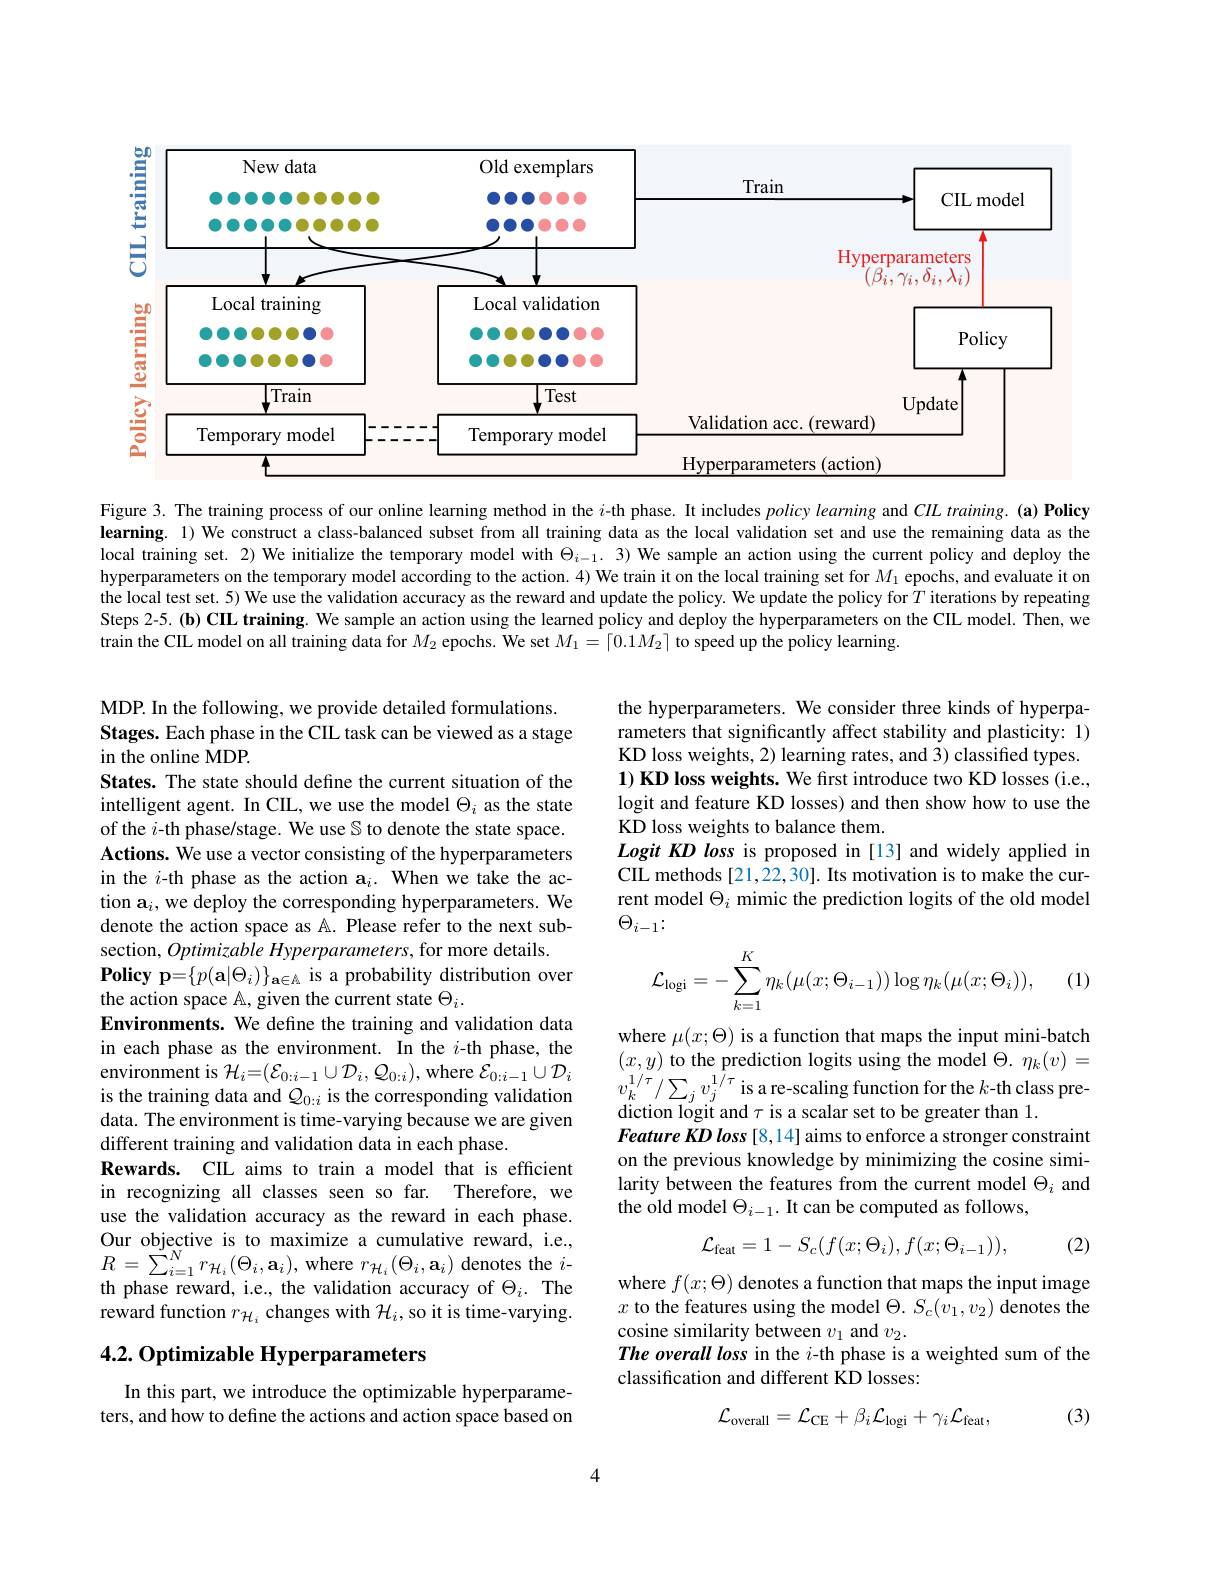
<FigureHere>

Figure 3. The training process of our online learning method in the $i$-th phase. It includes $policy\textit{learning and CIL training. ( a) Policy}$ learning. 1) We construct a class-balanced subset from all training data as the local validation set and use the remaining data as the local training set. 2) We initialize the temporary model with $\Theta_{i-1}.$ 3) We sample an action using the current policy and deploy the hyperparameters on the temporary model according to the action. 4) We train it on the local training set for $M_1$ epochs, and evaluate it on the local test set. 5) We use the validation accuracy as the reward and update the policy. We update the policy for $T$ iterations by repeating Steps 2-5.(b) CIL training. We sample an action using the learned policy and deploy the hyperparameters on the CIIL model. Then, we train the CIIL model on all training data for $M_{2}$ epochs. We set $M_1=\lceil0.1M_{2}\rceil$ to speed up the policy learning.

MDP. In the following, we provide detailed formulations. Stages. Each phase in the CIL task can be viewed as a stage in the online MDP.

the hyperparameters. We consider three kinds of hyperparameters that significantly affect stability and plasticity: 1) KD loss weights, 2) learning rates, and 3) classified types. 1) KD loss weights. We first introduce two KD losses (i.e., logit and feature KD losses) and then show how to use the KD loss weights to balance them.
Logit KD loss is proposed in [13] and widely applied in CIL methods [21,22,30]. Its motivation is to make the current model $\Theta_i$ mimic the prediction logits of the old model $\Theta_{i-1}\colon$

(1)
$$\mathcal{L}_{\mathrm{logi}}=-\sum_{k=1}^{K}\eta_{k}(\mu(x;\Theta_{i-1}))\log\eta_{k}(\mu(x;\Theta_{i})),$$
States. The state should define the current situation of the intelligent agent. In CIL, we use the model $\Theta_i$ as the state of the $i$-th phase/stage. We use S to denote the state space. Actions. We use a vector consisting of the hyperparameters in the $i$-th phase as the action a$_i.$ When we take the action a$_i$, we deploy the corresponding hyperparameters. We denote the action space as A. Please refer to the next subsection, Optimizable Hyperparameters, for more details.
$\textbf{Policy p= }\{ p( \mathbf{a} | \Theta _{i}) \} _{\mathbf{a} \in \mathbb{A} }$ is a probability distribution over
the action space $\mathbb{A}$, given the current state $\Theta_i.$
Environments. We define the training and validation data in each phase as the environment. In the $i$-th phase, the environment is $\mathcal{H}_i=(\mathcal{E}_{0:i-1}\cup\mathcal{D}_i,\mathcal{Q}_{0:i})$,where $\mathcal{E}_0:i-1\cup\mathcal{D}_i$ is the training data and $Q_{0:i}$ is the corresponding validation data. The environment is time-varying because we are given different training and validation data in each phase.
Rewards. CIL aims to train a model that is efficient in recognizing all classes seen so far. Therefore, we use the validation accuracy as the reward in each phase. Our objective is to maximize a cumulative reward, i.e., $R=\sum_{i=1}^{N}r_{\mathcal{H}_{i}}(\Theta_{i},\mathbf{a}_{i})$,where $r_{\mathcal{H}_{i}}(\Theta_{i},\mathbf{a}_{i})$ denotes the $i$- th phase reward, i.e., the validation accuracy of $\Theta_i.$ The reward function $r_{\mathcal{H}_i}$ changes with $\mathcal{H}_i$, so it is time-varying.

where $\mu(x;\Theta)$ is a function that maps the input mini-batch $(x,y)$ to the prediction logits using the model $\Theta.\eta_k(v)=$ $v_{k}^{1/\tau}/\sum_{j}v_{j}^{1/\tau}$is a re-scaling function for the $k$-th class prediction logit and $\tau$ is a scalar set to be greater than 1.
Feature KD loss [8,14] aims to enforce a stronger constraint on the previous knowledge by minimizing the cosine similarity between the features from the current model $\Theta_i$ and the old model $\Theta_i-1.$ It can be computed as follows,
$$\mathcal{L}_{\mathrm{feat}}=1-S_{c}(f(x;\Theta_{i}),f(x;\Theta_{i-1})),$$
(2)

where $f(x;\Theta)$ denotes a function that maps the input image $x$ to the features using the model $\Theta.S_c(v_1,v_2)$ denotes the cosine similarity between $v_1$ and $v_2.$
The overall loss in the $i$-th phase is a weighted sum of the
classification and different KD losses:

## $4. 2. \textbf{Optimizable Hyperparameters}$

In this part, we introduce the optimizable hyperparameters, and how to define the actions and action space based on
$$\mathcal{L}_{\mathrm{overall}}=\mathcal{L}_{\mathrm{CE}}+\beta_{i}\mathcal{L}_{\mathrm{logi}}+\gamma_{i}\mathcal{L}_{\mathrm{feat}},$$
(3)

4